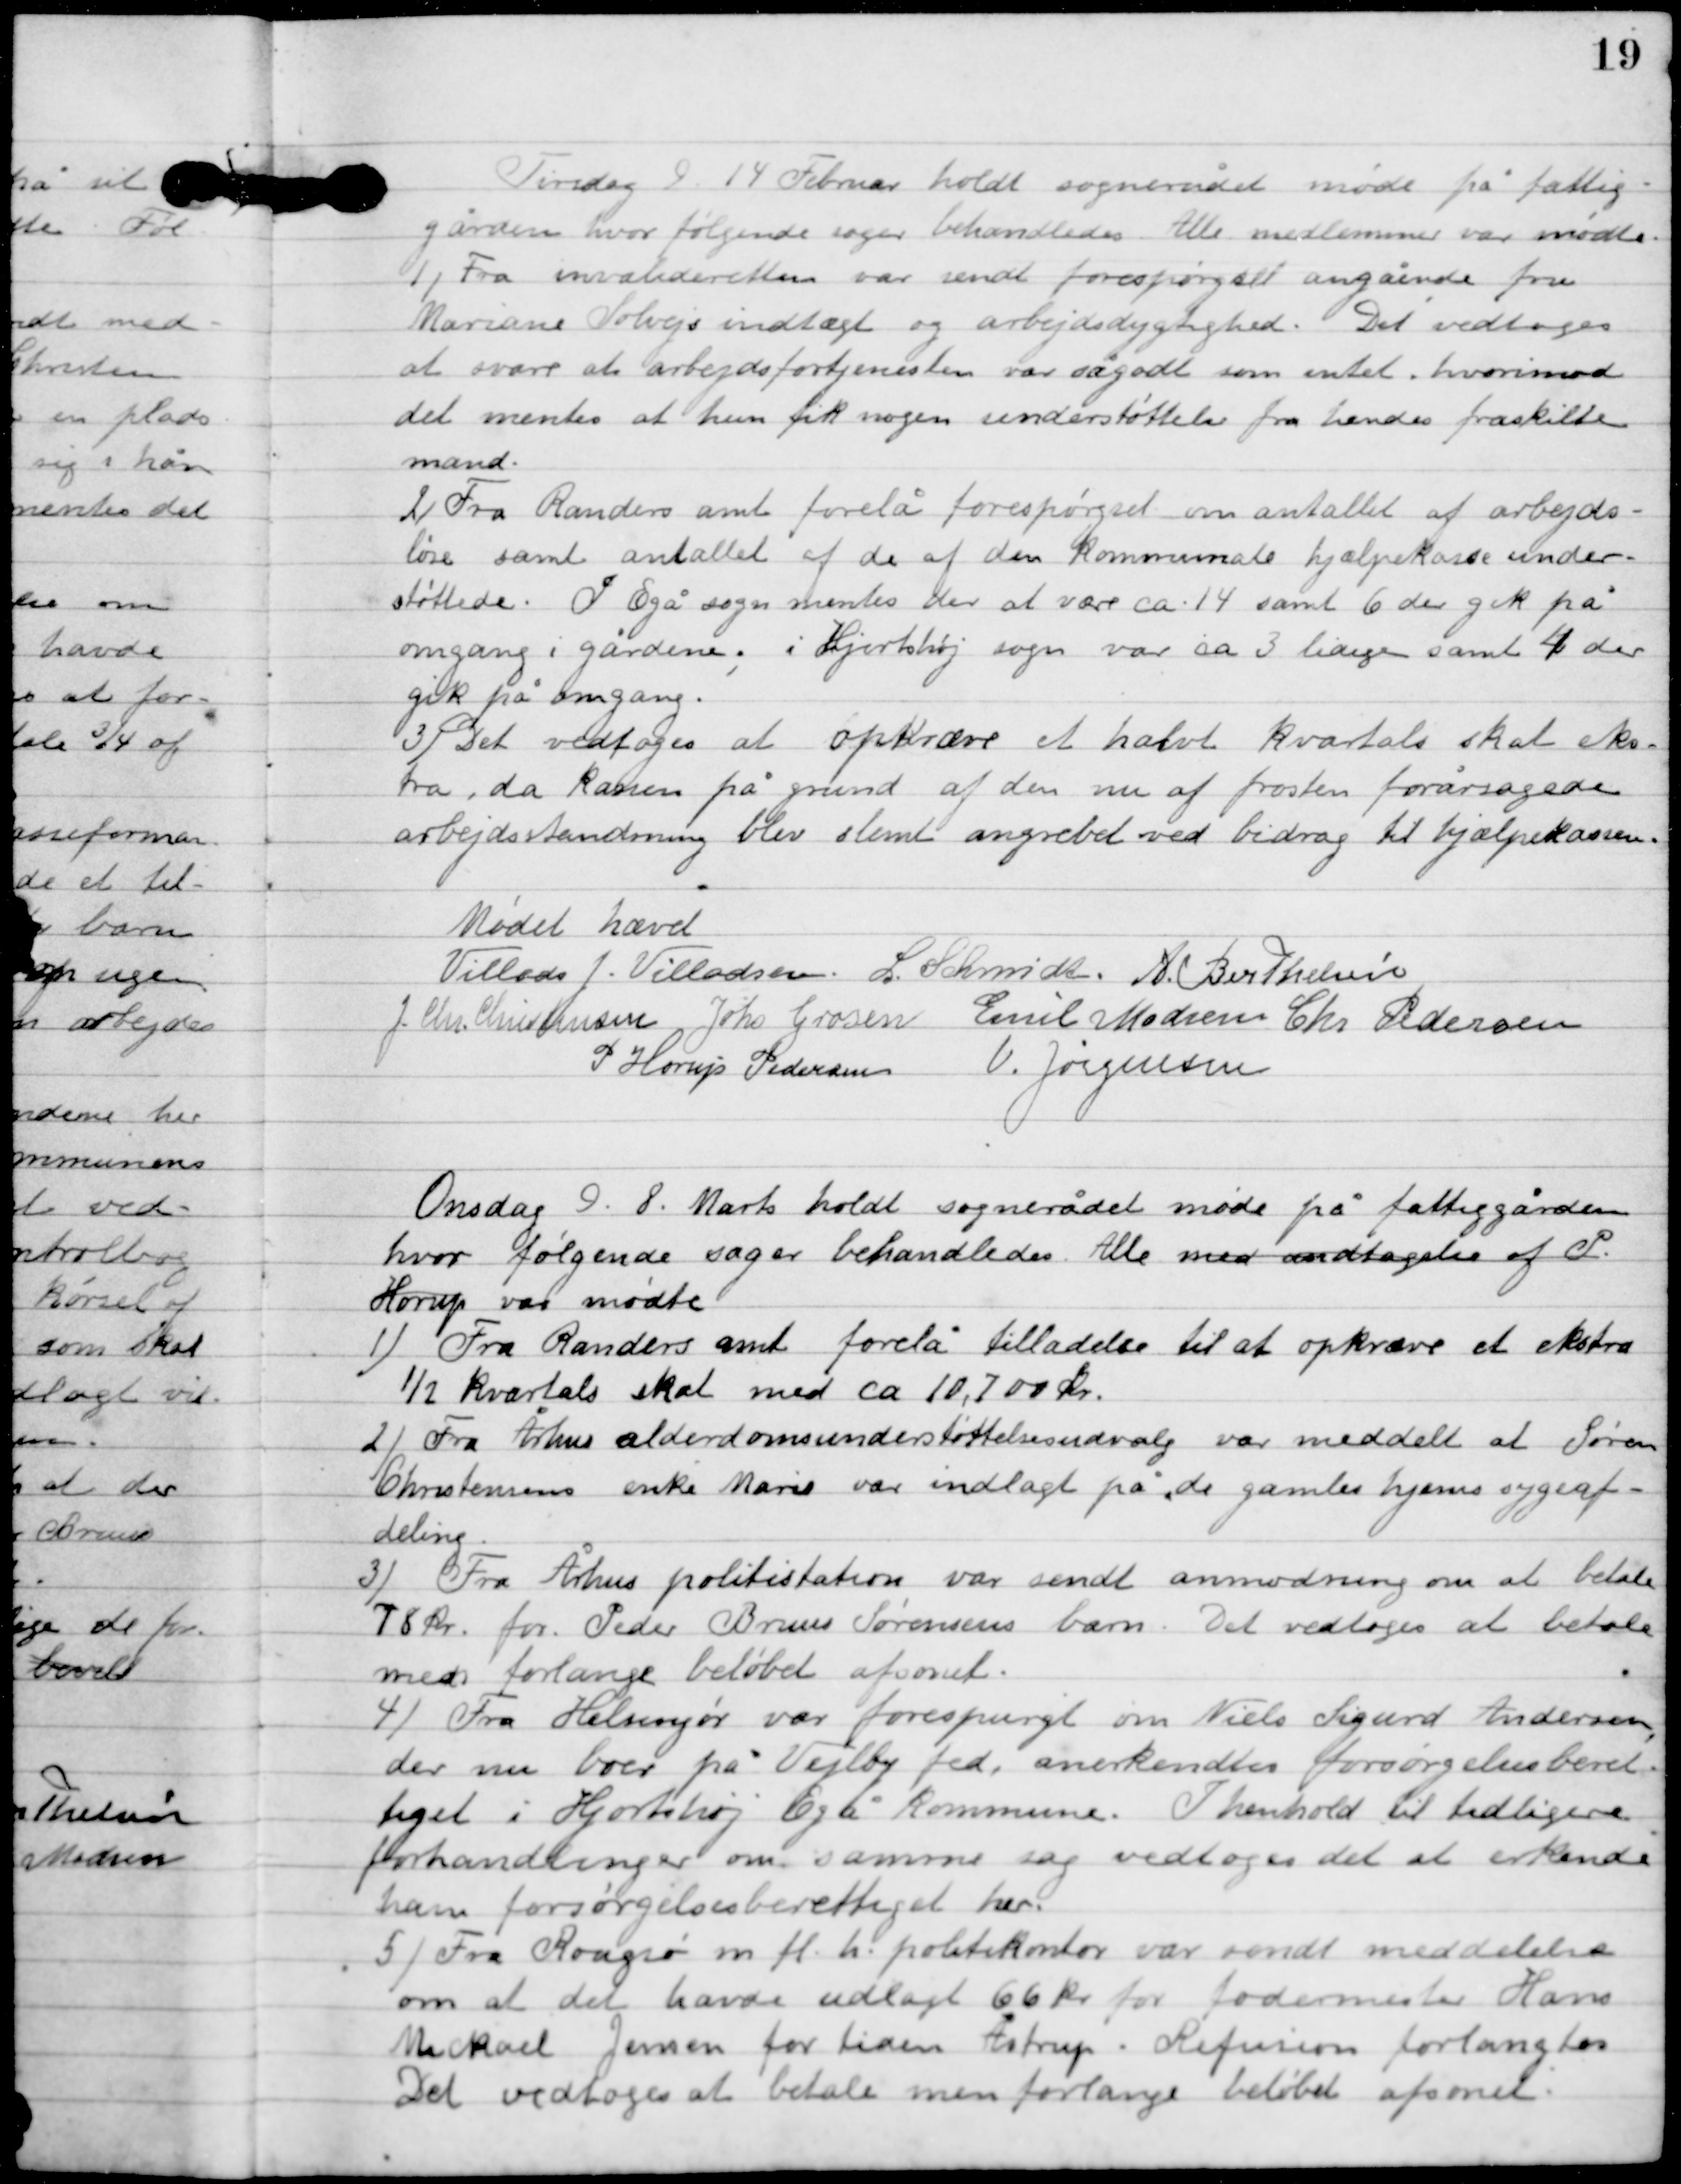
Transskription:
Tirsdag D. 14. Februar holdt sognerådet møde på fattig-
gården, hvor følgende sager behandles. Alle medlemmer var mødte.

1

Fra invalideretten var sendt forespørgsel angående fru
Mariane Solvigs indtægt og arbejdsdygtighed. Det vedtoges
at svare at arbejdsfortjenesten var sågodt som intet, hvorimod
det mentes at hun fik nogen understøttelse fra hendes fraskilte
mand.

2

Fra Randers amt forelå forespørgsel om antallet af arbejds-
løse samt antallet af de af den Kommunale hjælpekasse under-
støttede. I Egå sogn mentes der at være ca. 14 samt 6 der gik på
omgang i gårdene. I Hjortshøj sogn var ca. 3 ledige samt 4 der
gik på omgang.

3

Det vedtoges at opkræve et halvt kvartals skat eks-
tra, da kassen på grund af den nu af frosten forårsagede
arbejdsstandsning blev slemt angrebet ved bidrag til hjælpekassen.

Mødet hævet

Villads J. Villadsen
L. Schmidt
A. Berthelsen
I. Chr. Christensen
Johs. Grosen
Emil Madsen
Chr. Pedersen
P. Henry Pedersen
V. Jørgensen

Onsdag D. 8. Marts holdt sognerådet møde på fattiggården
hvor følgende sager behandles. Alle med undtagelse af P.
Horup var mødte.

1

Fra Randers amt forelå tilladelse til at opkræve et ekstra
½ kvartals skat med ca. 10.700 kr.

2

Fra Århus alderdomsunderstøttelsesudvalg var meddelt at Søren
Christensens enke Marie var indlagt på ”de gamles hjems sygeaf-
deling”.

3

Fra Århus politistation var sendt anmodning om at betale
78 kr. for Peder Brun Sørens barn. Det vedtoges at betale
men forlange beløbet afsonet.

4

Fra Helsingør var forespurgt om Niels Sigurd Andersen
der nu boer på Vejlby fed, anerkendtes forøgelsesberet-
tiget i Hjortshøj Egå kommune. I henhold til tidligere
forhandlinger om samme sag vedtoges det at erkende
ham forsørgelsesberettiget her.

5

Fra Rougsø m. fl. h. politikontor var sendt meddelelse
om at der havde udlagt 66 kr. for fodermester Hans
Mickael Jensen for tiden Åstrup. Refusion forlangtes.
Det vedtoges at betale men forlange beløbet afsonet.